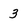
Character: 3